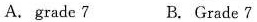
A.grade 7 B.Grade7